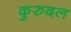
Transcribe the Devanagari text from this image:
कुरुदल